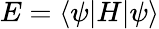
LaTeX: E=\langle\psi|H|\psi\rangle